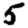
Digit: 5